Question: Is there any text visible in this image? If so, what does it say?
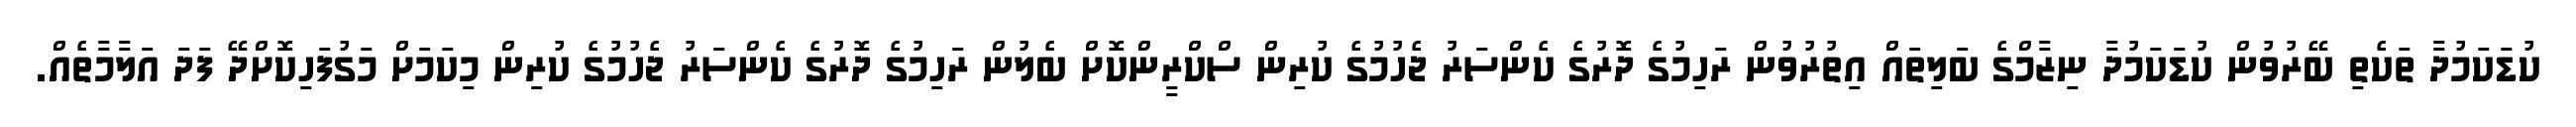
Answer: ކުޑަކަމުދާ ތަކެތި ބޭރުވުން ކުޑަކަމުދާ ނިޒާމްގެ ބަލިތައް އިތުރުވުން ރަހިމުގެ ދޮރުގެ ކެންސަރު ޖެހުމުގެ ކުރިން ސްކްރީންކޮށް ބެލުން ރަހިމުގެ ދޮރުގެ ކެންސަރު ޖެހުމުގެ ކުރިން މިކަމަށް މަގުފަހިކޮށްދޭ ފަދަ އަލާމާތެއް.